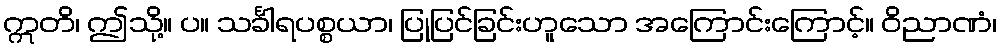
ဣတိ၊ ဤသို့။ ပ။ သင်္ခါရပစ္စယာ၊ ပြုပြင်ခြင်းဟူသော အကြောင်းကြောင့်။ ဝိညာဏံ၊